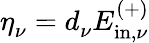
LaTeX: \eta_{\nu}^{\phantom{i}}=d_{\nu}^{\phantom{i}}E_{\mathrm{in},{\nu}}^{(+)}